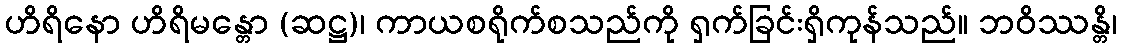
ဟိရိနော ဟိရိမန္တော (ဆဋ္ဌ)၊ ကာယစရိုက်စသည်ကို ရှက်ခြင်းရှိကုန်သည်။ ဘဝိဿန္တိ၊